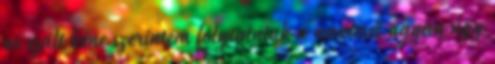
os szált kéne szerintem folytatniuk a nevelését ugyan úgy